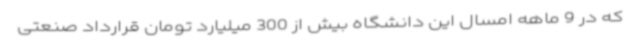
که در 9 ماهه امسال این دانشگاه بیش از 300 میلیارد تومان قرارداد صنعتی